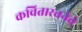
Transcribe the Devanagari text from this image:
कवितारचनेचे